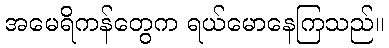
အမေရိကန်တွေက ရယ်မောနေကြသည်။